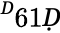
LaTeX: ^Ḋ61Ḍ